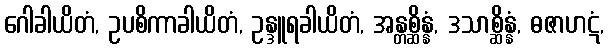
ဂေါခါယိတံ, ဥပစိကာခါယိတံ, ဥန္ဒူရခါယိတံ, အန္တစ္ဆိန္နံ, ဒသာစ္ဆိန္နံ, ဓဇာဟဋံ,